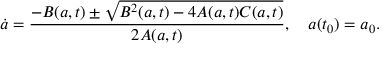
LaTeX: \dot { a } = \frac { - B ( a , t ) \pm \sqrt { B ^ { 2 } ( a , t ) - 4 A ( a , t ) C ( a , t ) } } { 2 A ( a , t ) } , \quad a ( t _ { 0 } ) = a _ { 0 } .